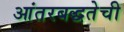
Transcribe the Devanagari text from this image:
आंतरबद्धतेची